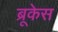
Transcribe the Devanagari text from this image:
ब्रूकेस